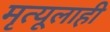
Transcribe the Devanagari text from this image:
मृत्यूलाही